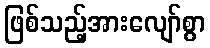
ဖြစ်သည့်အားလျော်စွာ